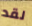
لقد